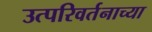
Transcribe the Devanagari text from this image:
उत्परिवर्तनाच्या